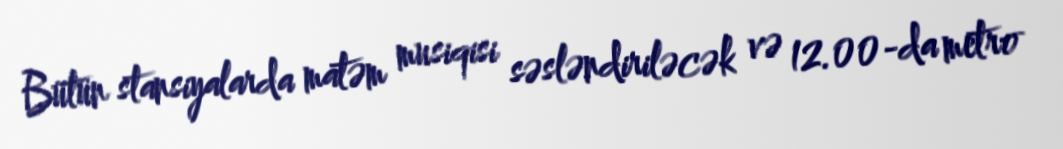
Bütün stansiyalarda matəm musiqisi səsləndiriləcək və 12.00-da metro